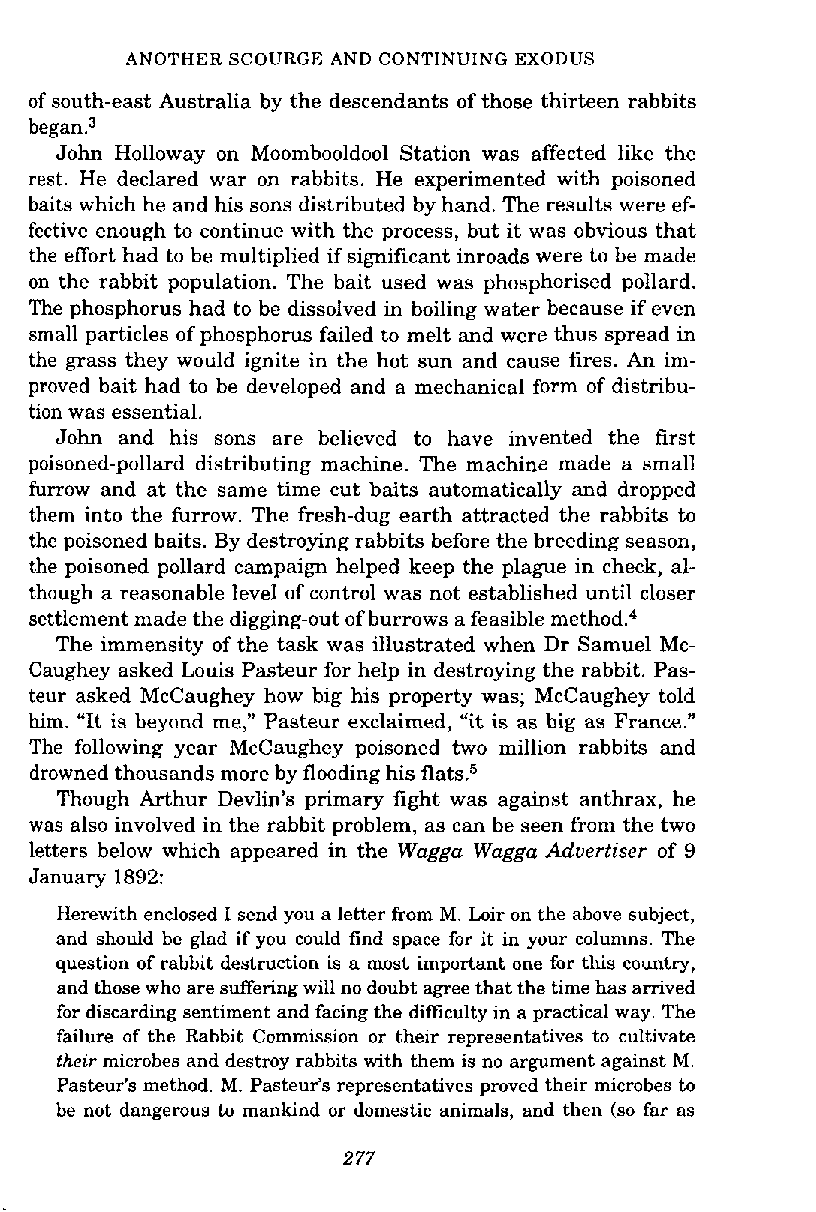
ANOTHER SCOURGE AND CONTINUING EXODUS
 of south-east Australia by the descendants of those thirteen rabbits
 began.3
 John Holloway on Moombooldool Station was affected like the
 rest. He declared war on rabbits. He experimented with poisoned
 baits which he and his sons distributed by hand. The results were ef-
 fective enough to continue with the process, but it was obvious that
 the effort had to be multiplied if significant inroads were to be made
 on the rabbit population. The bait used was phosphorised pollard.
 The phosphorus had to be dissolved in boiling water because if even
 small particles of phosphorus failed to melt and were thus spread in
 the grass they would ignite in the hot sun and cause fires. An im-
 proved bait had to be developed and a mechanical form of distribu-
 tion was essential.
 John and his sons are believed to have invented the first
 poisoned-pollard distributing machine. The machine made a small
 furrow and at the same time cut baits automatically and dropped
 them into the furrow. The fresh-dug earth attracted the rabbits to
 the poisoned baits. By destroying rabbits before the breeding season,
 the poisoned pollard campaign helped keep the plague in check, al-
 though a reasonable level of control was not established until closer
 settlement made the digging-out of burrows a feasible method.4
 The immensity of the task was illustrated when Dr Samuel Mc-
 Caughey asked Louis Pasteur for help in destroying the rabbit. Pas-
 teur asked McCaughey how big his property was; McCaughey told
 him. "It is beyond me," Pasteur exclaimed, "it is as big as France."
 The following year McCaughey poisoned two million rabbits and
 drowned thousands more by flooding his flats.5
 Though Arthur Devlin's primary fight was against anthrax, he
 was also involved in the rabbit problem, as can be seen from the two
 letters below which appeared in the Wagga Wagga Advertiser of 9
 January 1892:
 Herewith enclosed I send you a letter from M. Loir on the above subject,
 and should be glad if you could find space for it in your columns. The
 question of rabbit destruction is a most important one for this country,
 and those who are suffering will no doubt agree that the time has amved
 for discarding sentiment and facing the difficulty in a practical way. The
 failure of the Rabbit Commission or their representatives to cultivate
 their microbes and destroy rabbits with them is no argument against M.
 Pasteur's method. M. Pasteur's representatives proved their microbes to
 be not dangerous to mankind or domestic animals, and then (so far as